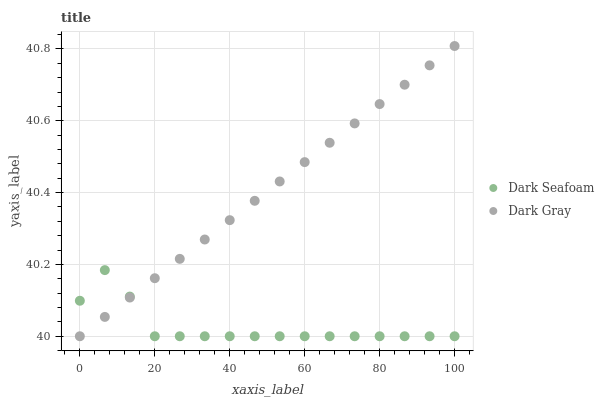
| xaxis_label | Dark Seafoam | Dark Gray |
 | --- | --- | --- |
 | 0 | 40.1 | 40 |
 | 6.67 | 40.2 | 40.1 |
 | 13.3 | 40.1 | 40.1 |
 | 20 | 40 | 40.2 |
 | 26.7 | 40 | 40.2 |
 | 33.3 | 40 | 40.3 |
 | 40 | 40 | 40.3 |
 | 46.7 | 40 | 40.4 |
 | 53.3 | 40 | 40.4 |
 | 60 | 40 | 40.5 |
 | 66.7 | 40 | 40.5 |
 | 73.3 | 40 | 40.6 |
 | 80 | 40 | 40.6 |
 | 86.7 | 40 | 40.7 |
 | 93.3 | 40 | 40.8 |
 | 100 | 40 | 40.8 |